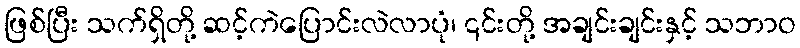
ဖြစ်ပြီး သက်ရှိတို့ ဆင့်ကဲပြောင်းလဲလာပုံ၊ ၎င်းတို့ အချင်းချင်းနှင့် သဘာဝ